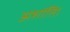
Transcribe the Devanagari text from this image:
अशांति।